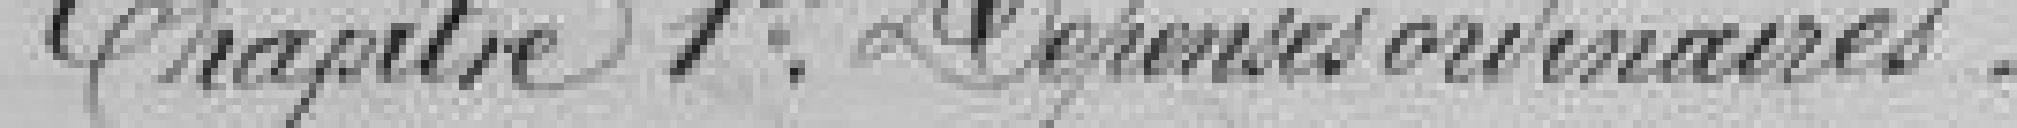
Chapitre 1er Dépenses ordinaires